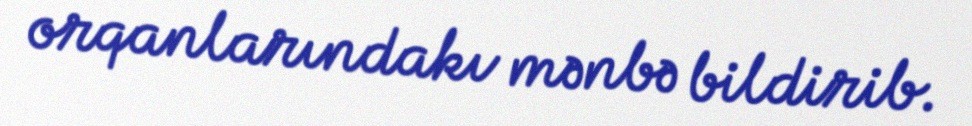
orqanlarındakı mənbə bildirib.